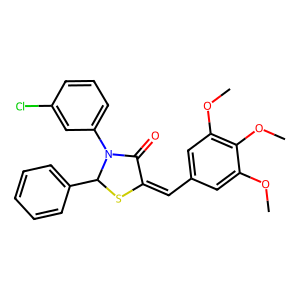
SMILES: COc1cc(C=C2SC(c3ccccc3)N(c3cccc(Cl)c3)C2=O)cc(OC)c1OC
Inhibits HIV replication: No